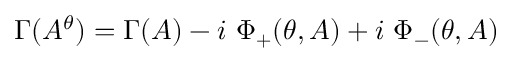
\Gamma ( A ^ { \theta } ) = \Gamma ( A ) - i \ \Phi _ { + } ( \theta , A ) + i \ \Phi _ { - } ( \theta , A )